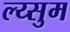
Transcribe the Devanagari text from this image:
ल्य्सुम